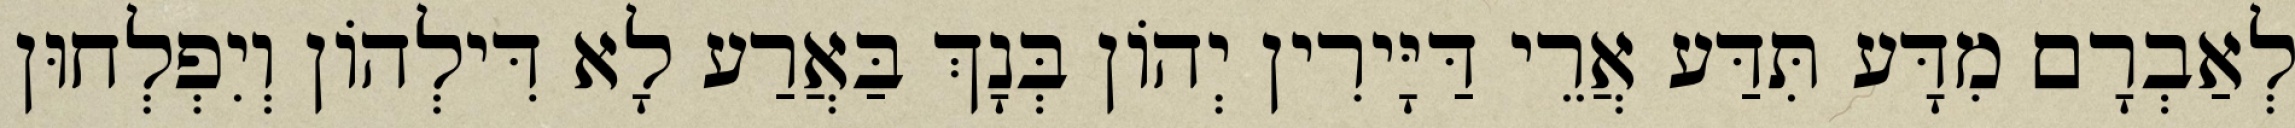
לְאַבְרָם מִדָּע תִּדַּע אֲרֵי דַּיָּירִין יְהוֹן בְּנָךְ בַּאֲרַע לָא דִּילְהוֹן וְיִפְלְחוּן